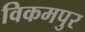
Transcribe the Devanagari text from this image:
विकमपुर